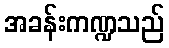
အခန်းကဏ္ဍသည်